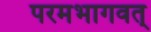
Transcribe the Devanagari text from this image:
परमभागवत्